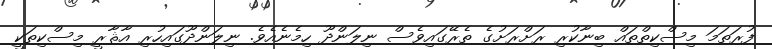
ފުރަތަމަ މިސްކިތްތައް ބިނާކުރި ރަށްރަށުގެ ތެރޭގައިވެސް ނިލަންދޫ ހިމެނެއެވެ. ނިލަންދޫގައިހުރި އާޘާރީ މިސްކިތަކީ